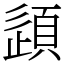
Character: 𫖠